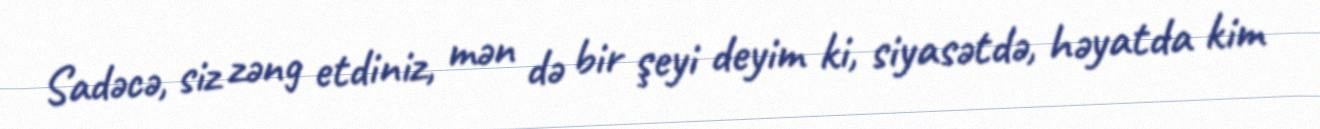
Sadəcə, siz zəng etdiniz, mən də bir şeyi deyim ki, siyasətdə, həyatda kim